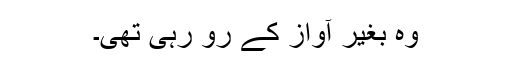
وہ بغیر آواز کے رو رہی تھی۔